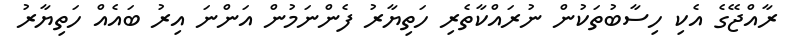
ރާއްޖޭގެ އެކި ހިސާބުތަކުން ނުރައްކާތެރި ހަތިޔާރު ފެންނަމުން އަންނަ އިރު ބައެއް ހަތިޔާރު